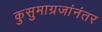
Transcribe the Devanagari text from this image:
कुसुमाग्रजांनंतर